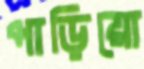
পাড়িয়ো